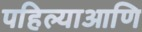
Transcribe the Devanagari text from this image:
पहिल्याआणि